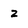
Character: z